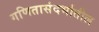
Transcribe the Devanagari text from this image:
गणितासंदर्भातील